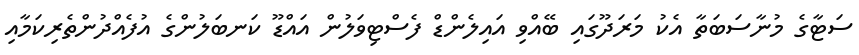
ސަޓާގެ މުނާސަބަތާ އެކު މަރަދޫގައި ބޭއްވި އައިލެންޑް ފެސްޓިވަލުން އައްޑޫ ކަނބަލުންގެ އުފެއްދުންތެރިކަމާއި